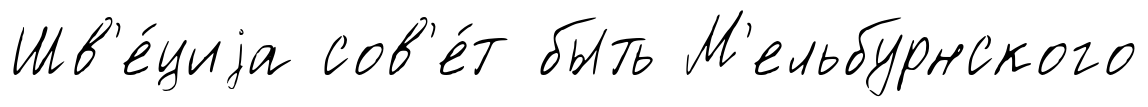
Шв'е́циjа сов'е́т быть М'ельбурнского